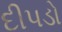
દીપડો